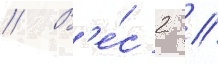
// В'е́с 2 /